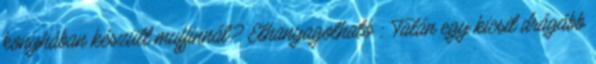
konyhában készült muffinnál? Elhanyagolható : Talán egy kicsit drágább